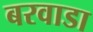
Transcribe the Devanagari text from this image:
बरवाडा